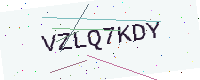
Text: VZLQ7KDY